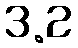
3.2